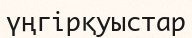
үңгірқуыстар